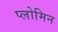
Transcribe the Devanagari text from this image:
प्लोमिन